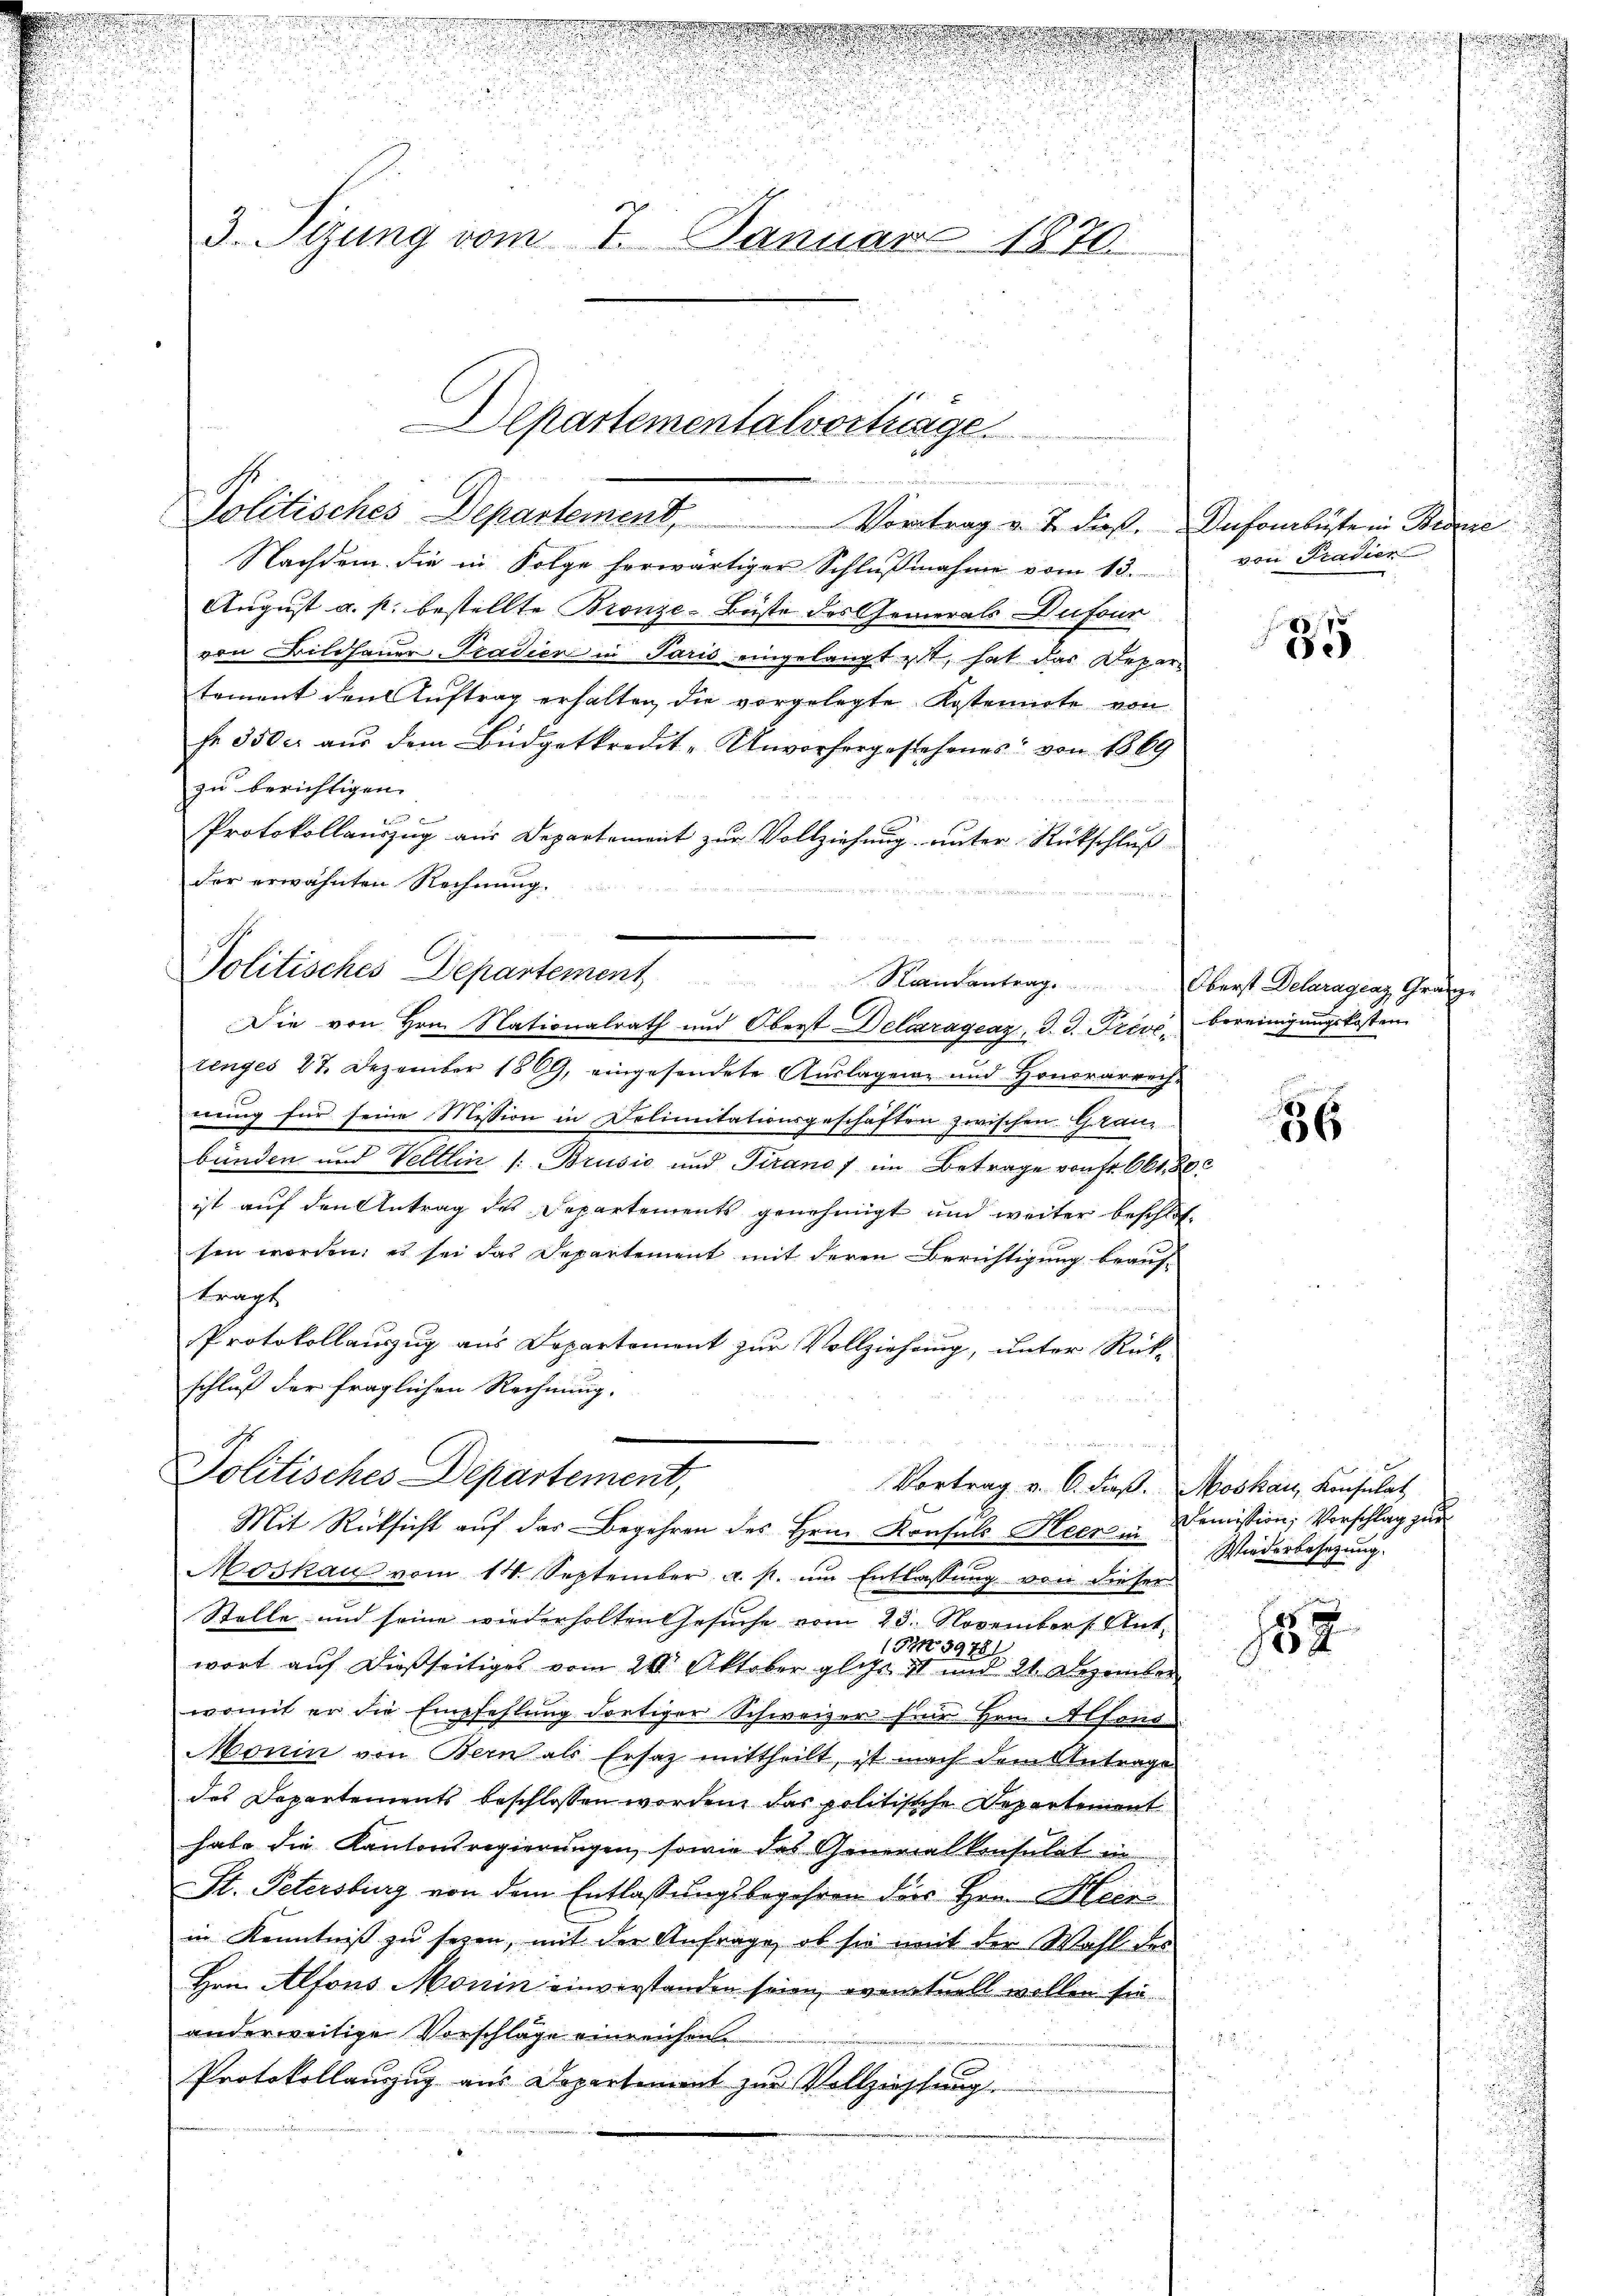
d

d
n

.
3. Sizung vom 7. Januar 1870.

2
e
Politisches Departement, Vortrag v. J. dieß. Dufourbüste in Bezie

Departementalvertrage

Nachdem die in Folge herwärtiger Schlŭβnahme vom 13. von Pradier
August a. p. bestellte Bronze-Büste des Generals Dufour
von Bildhauer Tradiere in Paris eingelangt ist, hat das Departement den Auftrag erhalten, die vorgelegte Kostennote von
fr 350 c. aus dem Büdgetkredit-Unvorhergestehenes von 1869
zu berichtigen.
2 f 0 x
Protokollauszug aus Departement zur Vollziehung unter Rückschluß
der erwähnten Rechnung.

Politisches Departement
Die von Hrn. Nationalrath und Oberst Delaragraz, d. J. Prévé, bereinigungskosten

Politisches Departement,
Vortrag v. 6. dieß.
Mit Rücksicht aŭf das Begehren des Hrn. Konsuls Heer in Demission; Vorschlag zur

tinges 27. Dezember 1869, eingesendete Auslagen und Honorarrech-
nung für seine Mission in Delimitationsgeschäften zwischen Grau-
bünden und Veltlin /: Brusić und Tiranos im Betrage von fr. Okt. 802
ist auf den Antrag des Departements genehmigt und weiter beschlos-
sen worden; es sei das Departement mit deren Berichtigung beaufttragt
Protokollauszug aus Departement zur Vollziehung, unter Rück-
schluß der fraglichen Rechnung.

Moskau vom 14. September a. p. ŭm Entlassŭng von dieser
Stelle und seine wiederholten Gesuche vom 23. November Ant.
152. 39781
wort auf dießseitiges vom 21. Oktober glits II und 21 Dezember
womit er die Empfehlung dortiger Schweizer für Hern Alfond
Monin von Bern als Ersatz mittheilt, ist nach dem Antrage
des Departements beschlossen worden, das politische Departement
habe die Kantonsregierungen, sowie das Generalkonsulat in
St. Petersburg von dem Entlassungsbegehren des Hrn. Heinin Kenntniß zu seyen, mit der Anfrage, ob sie mit der Wahl des
Hrn. Alfons Monin einverstanden seien, eventuell wollen sie.
anderweitige Vorschläge einreichen
Protokollauszug aus Departenant zur Vollziehung
un

Randantrag. Oberst Delaragraz, Gränze

s
.
.

135

36

Moskau, Konsulat
Wiederbesetzung.

182